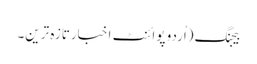
بیجنگ (اُردو پوائنٹ اخبارتازہ ترین۔